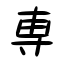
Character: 専